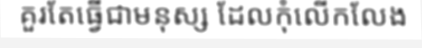
គួរតែធ្វើជាមនុស្ស ដែលកុំលើកលែង